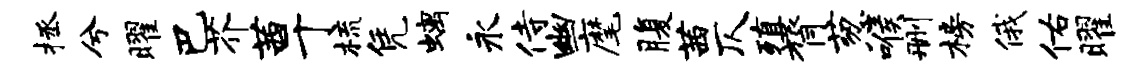
拯兮曜巴芥茜于梳凭螭永侍幽麾腹茜仄殖膂葱喉删榜俄佑曜